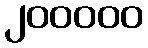
၂၀၀၀၀၀